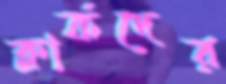
ক্লার্কদের